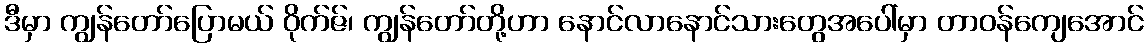
ဒီမှာ ကျွန်တော်ပြောမယ် ဝိုက်ဇ်၊ ကျွန်တော်တို့ဟာ နောင်လာနောင်သားတွေအပေါ်မှာ တာဝန်ကျေအောင်